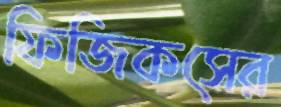
ফিজিকসের